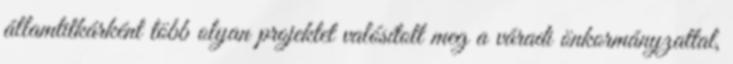
államtitkárként több olyan projektet valósított meg a váradi önkormányzattal,